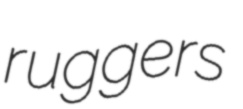
ruggers